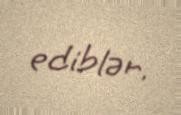
ediblər.